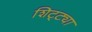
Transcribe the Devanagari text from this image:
शिट्ट्या